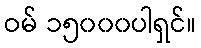
ဝမ် ၁၅၀၀၀ပါရှင်။